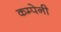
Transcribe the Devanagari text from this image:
कम्पेनी